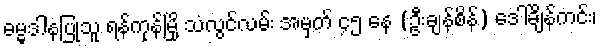
ဓမ္မဒါနပြုသူ ရန်ကုန်မြို့ သံလွင်လမ်း အမှတ် ၄၅ နေ (ဦးချန်စိန်) ဒေါ်ချိန်ကင်း၊